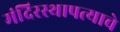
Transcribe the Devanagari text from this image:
मंदिरस्थापत्याचे